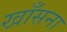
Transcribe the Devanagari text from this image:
खाँसना